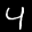
Label: 4